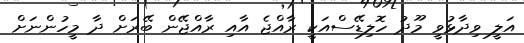
އަލީ ވިދާޅުވީ މޫދު ހޮލިޑޭސްއަކީ ރާއްޖެ އާއި ރާއްޖޭން ބޭރަށް ދާ މީހުންނަށް